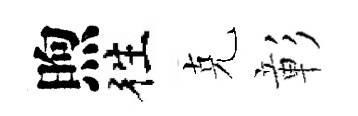
煦徃克彰